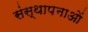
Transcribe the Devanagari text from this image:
संस्‍थापनाओं